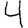
Digit: 4